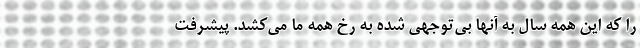
را که این همه سال به آنها بی‌توجهی شده به رخ همه ما می‌کشد. پیشرفت